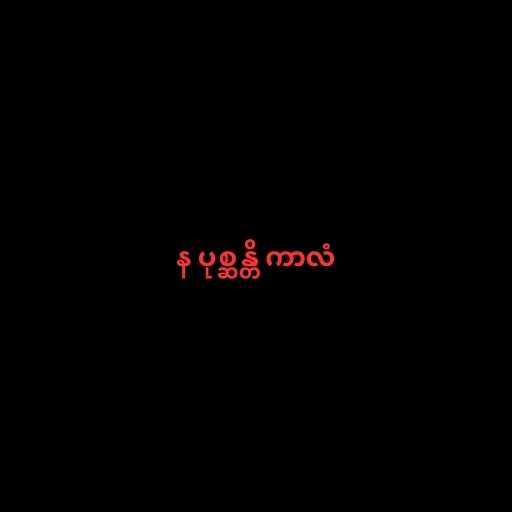
န ပုစ္ဆန္တိ ကာလံ